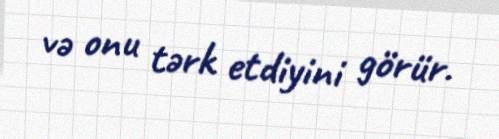
və onu tərk etdiyini görür.